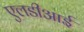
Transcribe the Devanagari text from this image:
एलडीआई